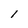
Character: l